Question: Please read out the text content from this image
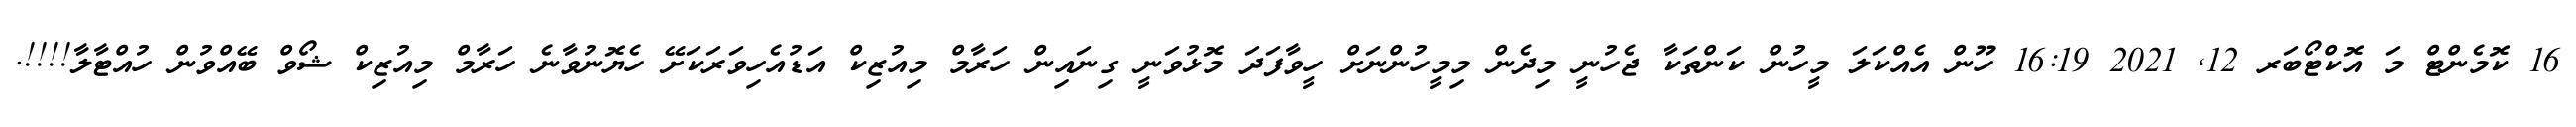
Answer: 16 ކޮމެންޓް މަ އޮކްޓޯބަރ 12, 2021 16:19 ހޫން އެއްކަލަ މީހުން ކަންތަކާ ޖެހުނީ މިދެން މިމީހުންނަށް ހީވާފަދަ މޮޅުވަނީ ގިނައިން ހަރާމް މިއުޒިކް އަޑުއެހިވަރަކަށޭ ހެޔޮނުވާނެ ހަރާމް މިއުޒިކް ޝޯވް ބޭއްވުން ހުއްޓާލާ!!!!.